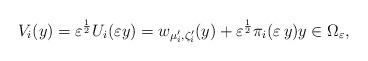
LaTeX: \begin{align*}V_i(y) &= \varepsilon^{ \frac{1}{2}} U_i( \varepsilon y)= w_{\mu_i^{\prime},\zeta_i^{\prime}}(y)+\varepsilon^{\frac{1}{2}}\pi_i(\varepsilon\, y)y \in \Omega_\varepsilon,\end{align*}